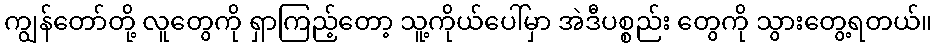
ကျွန်တော်တို့ လူတွေကို ရှာကြည့်တော့ သူ့ကိုယ်ပေါ်မှာ အဲဒီပစ္စည်း တွေကို သွားတွေ့ရတယ်။